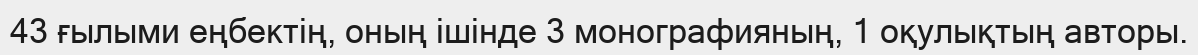
43 ғылыми еңбектің, оның ішінде 3 монографияның, 1 оқулықтың авторы.